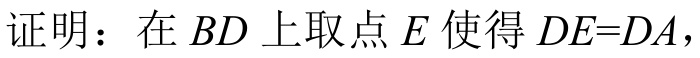
证明：在 \(BD\) 上取点 \(E\) 使得 \(DE = DA\)，